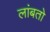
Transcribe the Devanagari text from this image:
लांबतो